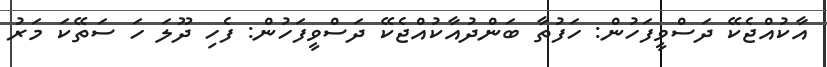
އާކުއްޖެކޭ ދަސްވީފަހުން: ހަފުތާ ބަންދުއާކުއްޖެކޭ ދަސްވީފަހުން: ފެހި ދޫލަ ހަ ސަތޭކަ މަރު